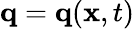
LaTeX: \mathbf{q}=\mathbf{q}(\mathbf{x},t)